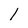
Character: l